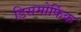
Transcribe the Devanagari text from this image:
डिसमोर्फिक